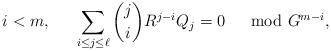
LaTeX: \begin{align*} i<m, \;\; \quad\sum_{i\le j\le \ell} \binom{j}{i} R^{j-i} Q_j = 0 \;\;\mod G^{m-i},\end{align*}